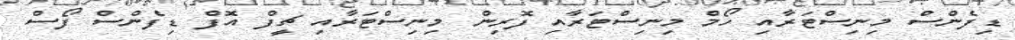
ޑިފެންސް މިނިސްޓަރާއި ހޯމް މިނިސްޓަރާއި ފޮރިން މިނިސްޓަރާއި ޗީފް އޮފް ޑިފެންސް ފޯސް